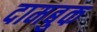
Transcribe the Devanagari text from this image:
दामबुक